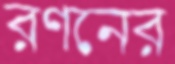
রণনের